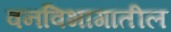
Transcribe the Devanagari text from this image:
वनविभागातील